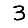
Digit: 3